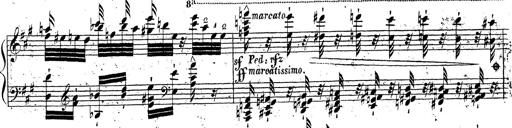
Title: Grande fantaisie sur la tyrolienne de l'opÃ©ra
Composer: Franz Liszt
Key: A major